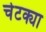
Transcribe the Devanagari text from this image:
चेटक्या